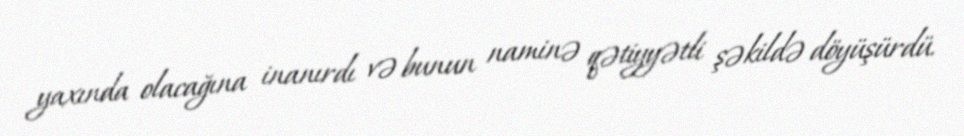
yaxında olacağına inanırdı və bunun naminə qətiyyətli şəkildə döyüşürdü.